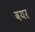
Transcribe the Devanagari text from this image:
वयर